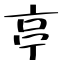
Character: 亭